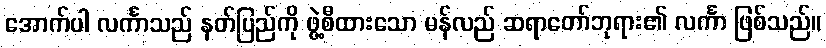
အောက်ပါ လင်္ကာသည် နတ်ပြည်ကို ဖွဲ့စီထားသော မန်လည် ဆရာတော်ဘုရား၏ လင်္ကာ ဖြစ်သည်။